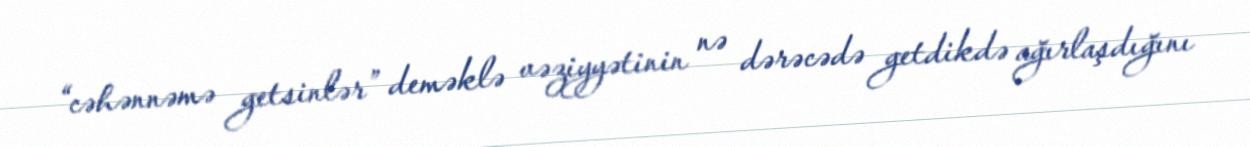
“cəhənnəmə getsinlər” deməklə vəziyyətinin nə dərəcədə getdikdə ağırlaşdığını